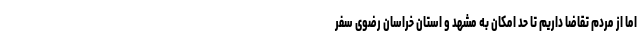
اما از مردم تقاضا داریم تا حد امکان به مشهد و استان خراسان رضوی سفر